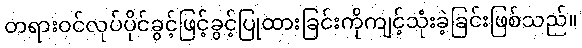
တရားဝင်လုပ်ပိုင်ခွင့်ဖြင့်ခွင့်ပြုထားခြင်းကိုကျင့်သုံးခဲ့ခြင်းဖြစ်သည်။